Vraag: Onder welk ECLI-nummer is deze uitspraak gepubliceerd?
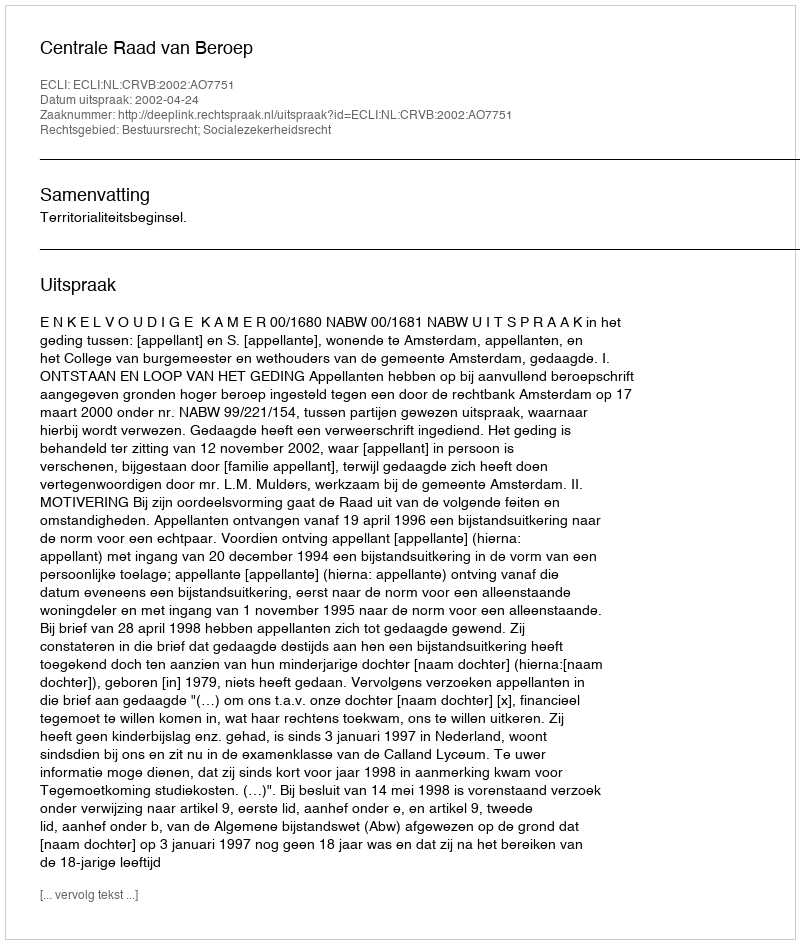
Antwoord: ECLI:NL:CRVB:2002:AO7751